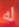
له